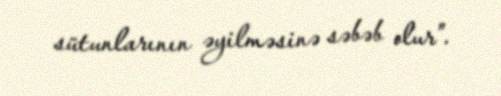
sütunlarının əyilməsinə səbəb olur”.